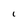
Character: C